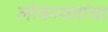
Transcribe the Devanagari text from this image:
लोकायतांचा